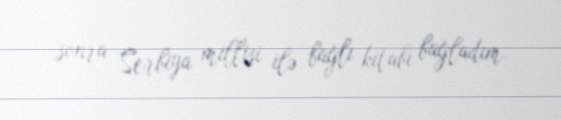
sonra Serbiya millisi ilə bağlı kitabı bağladım.